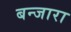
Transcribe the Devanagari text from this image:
बन्जारा